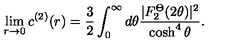
\lim _ { r \rightarrow 0 } c ^ { ( 2 ) } ( r ) = \frac { 3 } { 2 } \int _ { 0 } ^ { \infty } d \theta \frac { | F _ { 2 } ^ { \Theta } ( 2 \theta ) | ^ { 2 } } { \cosh ^ { 4 } \theta } .